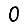
Digit: 0